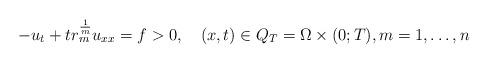
LaTeX: \begin{align*}-u_t+tr_m^{\frac{1}{m}}u_{xx}=f>0,\quad(x,t)\in Q_T=\Omega\times(0;T),m=1,\dots ,n \end{align*}